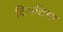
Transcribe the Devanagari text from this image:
टिमटिमा